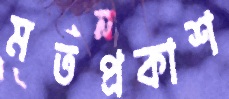
মতপ্রকাশ